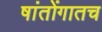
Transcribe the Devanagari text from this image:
षांतोंगातच